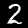
Digit: 2